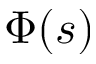
\Phi ( s )